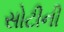
સોટીની